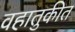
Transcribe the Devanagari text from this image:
वहातुकीत